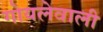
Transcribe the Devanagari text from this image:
गोयलेवाली